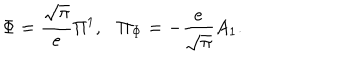
\Phi = { \frac { \sqrt \pi } { e } } \Pi ^ { 1 } , \Pi _ { \Phi } = - { \frac { e } { \sqrt \pi } } A _ { 1 } .